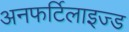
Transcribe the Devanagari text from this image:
अनफर्टिलाइज्ड